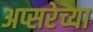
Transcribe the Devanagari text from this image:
अप्सरेच्या